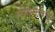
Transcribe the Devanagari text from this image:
गडीहिन्ग्लजच्या